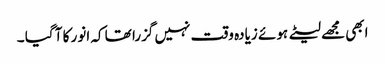
ابھی مجھے لیٹے ہوئے زیادہ وقت نہیں گزرا تھا کہ انور کا آ گیا ۔